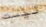
ليست